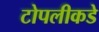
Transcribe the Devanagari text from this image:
टोपलीकडे